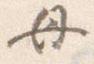
母